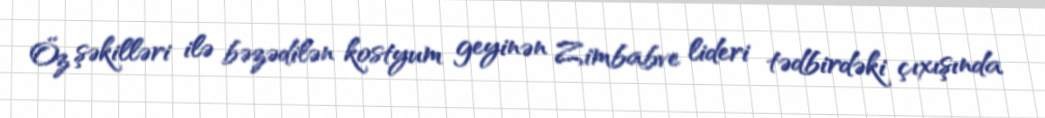
Öz şəkilləri ilə bəzədilən kostyum geyinən Zimbabve lideri tədbirdəki çıxışında